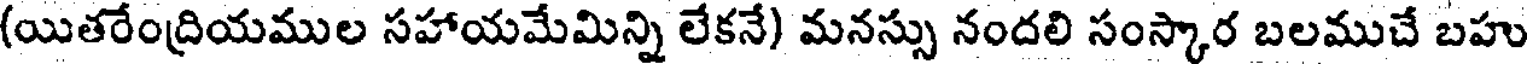
(యితరేంద్రియముల సహాయమేమిన్ని లేకనే) మనస్సు నందలి సంస్కార బలముచే బహు